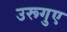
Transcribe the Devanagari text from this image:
उरूगुए